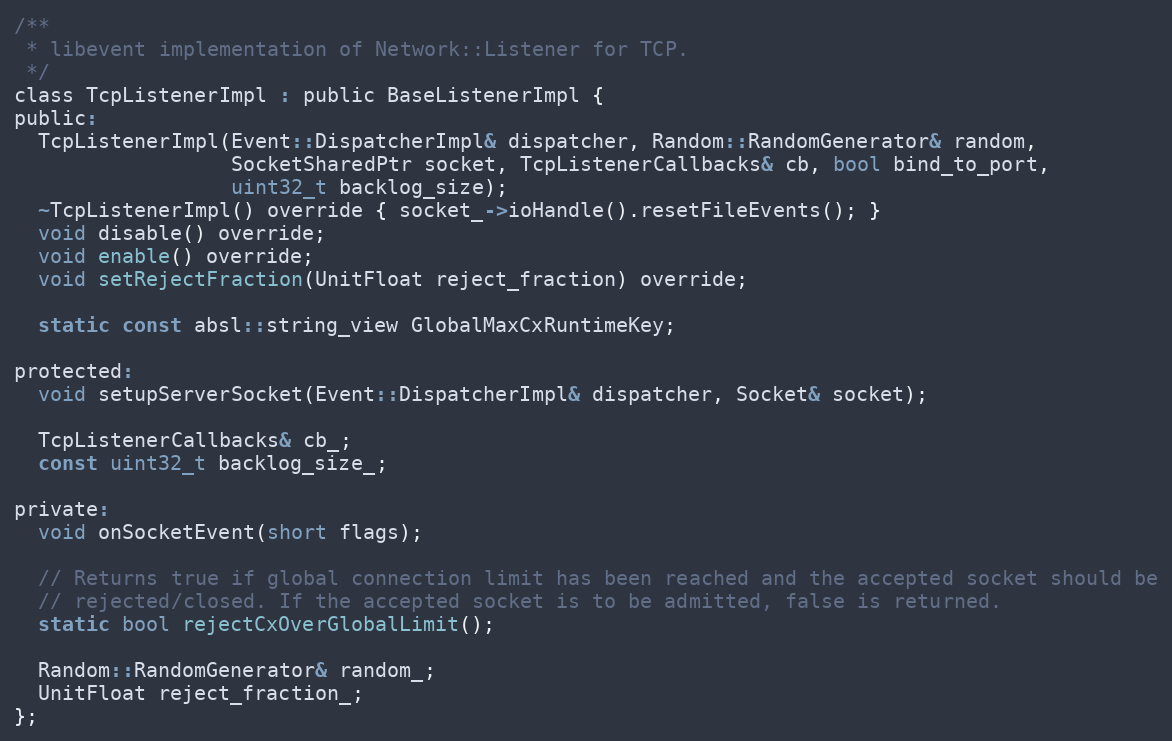
Language: C
/**
 * libevent implementation of Network::Listener for TCP.
 */
class TcpListenerImpl : public BaseListenerImpl {
public:
  TcpListenerImpl(Event::DispatcherImpl& dispatcher, Random::RandomGenerator& random,
                  SocketSharedPtr socket, TcpListenerCallbacks& cb, bool bind_to_port,
                  uint32_t backlog_size);
  ~TcpListenerImpl() override { socket_->ioHandle().resetFileEvents(); }
  void disable() override;
  void enable() override;
  void setRejectFraction(UnitFloat reject_fraction) override;

  static const absl::string_view GlobalMaxCxRuntimeKey;

protected:
  void setupServerSocket(Event::DispatcherImpl& dispatcher, Socket& socket);

  TcpListenerCallbacks& cb_;
  const uint32_t backlog_size_;

private:
  void onSocketEvent(short flags);

  // Returns true if global connection limit has been reached and the accepted socket should be
  // rejected/closed. If the accepted socket is to be admitted, false is returned.
  static bool rejectCxOverGlobalLimit();

  Random::RandomGenerator& random_;
  UnitFloat reject_fraction_;
};